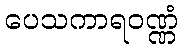
ပေသကာရဝဏ္ဏံ